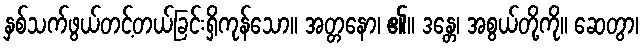
နှစ်သက်ဖွယ်တင့်တယ်ခြင်းရှိကုန်သော။ အတ္တနော၊ ၏။ ဒန္တေ၊ အစွယ်တို့ကို။ ဆေတွာ၊